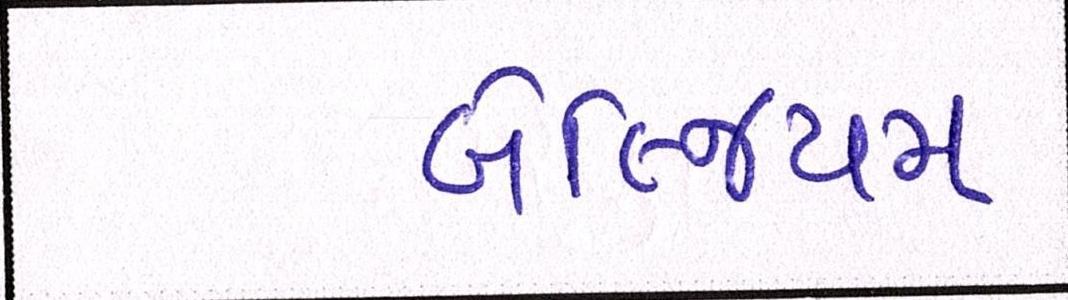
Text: બેલ્જિયમ